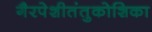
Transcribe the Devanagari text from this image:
गैरपेशीतंतुकोशिका